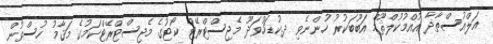
އަލްއުސްތާޛާ އުއްމުކުލްޘޫމް އަބޫބަކުރު ހުންނެވި ދ.ކުޑަހުވަދޫ މެޖިސްޓްރޭޓް ކޯޓުގެ މެޖިސްޓްރޭޓްކަމުގެ މަޤާމު ހުސްވުން